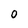
Character: O